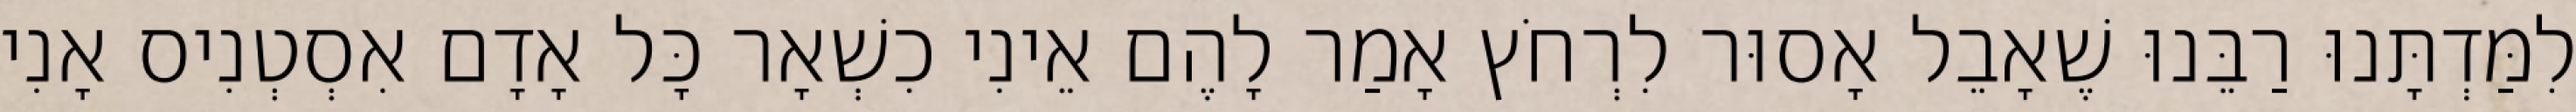
לִמַּדְתָּנוּ רַבֵּנוּ שֶׁאָבֵל אָסוּר לִרְחֹץ אָמַר לָהֶם אֵינִי כִשְׁאָר כָּל אָדָם אִסְטְנִיס אָנִי